Exemptions from school attendance, 1919
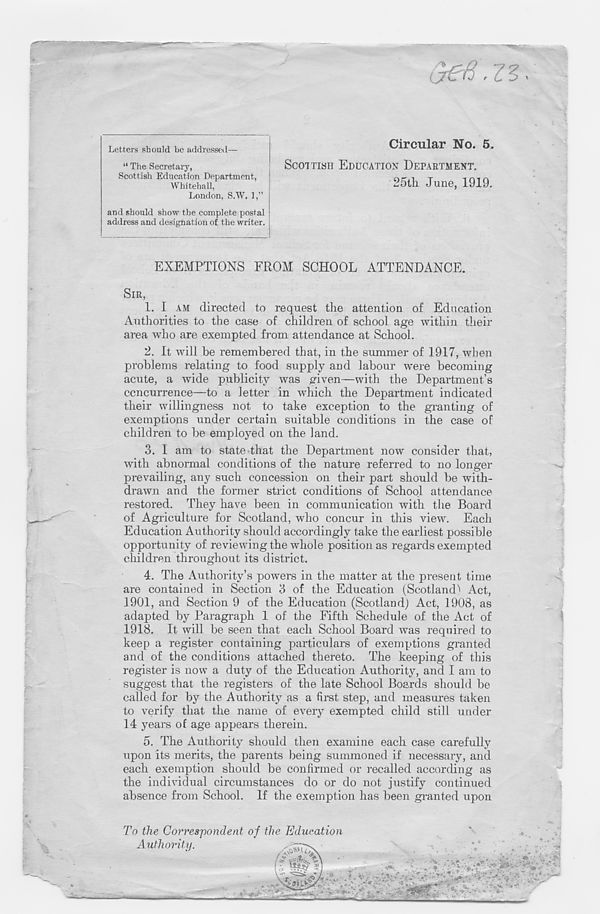
Sefi.zz
Letters should be addressed—
“ The Secretary,
Scottish Education Department,
Whitehall,
London, S.W. 1,”
and should show the complete postal
address and designation of the writer.
Circular No. 5.
SCOTTISH EDUCATION DEPARTMENT.
25th June, 1919.
EXEMPTIONS FROM SCHOOL ATTENDANCE.
SIR,
1. I AM directed to request the attention of Education
Authorities to the case of children of school age within their
area who are exempted from attendance at School.
2. It will be remembered that, in the summer of 1917, when
problems relating to food supply and labour were becoming
acute, a wide publicity was given—with the Department’s
ccncurrence—to a letter in which the Department indicated
their willingness not to take exception to the granting of
exemptions under certain suitable conditions in the case of
children to be employed on the land.
3. I am to state that the Department now consider that,
with abnormal conditions of the nature referred to no longer
prevailing, any such concession on their part should be with-
drawn and the former strict conditions of School attendance
x-estored. They have been in communication with the Board
of Agriculture for Scotland, who concur in this view. Each
Education Authority should accordingly take the earliest possible
opportunity of reviewing the whole position as regards exempted
children throughout its district.
4. The Authority’s powers in the matter at the present time
are contained in Section 3 of the Education (Scotland'' Act,
1901, and Section 9 of the Education (Scotland) Act, 1908, as
adapted by Paragraph 1 of the Fifth Schedule of the Act of
1918. It will be seen that each School Board was required to
keep a register containing particulars of exemptions granted
and of the conditions attached thereto. The keeping of this
register is now a duty of the Education Authority, and I am to
suggest that the registers of the late School Boards should be
called for by the Authority as a first step, and measures taken
to verify that the name of every exempted child still under
14 years of age appeal’s therein.
5. The Authority should then examine each case carefully
upon its merits, the parents being summoned if necessary, and
each exemption should be confirmed or recalled according as
the individual circumstances do or do not justify continued
absence from School. If the exemption has been granted upon
To the Correspondent of the Education